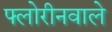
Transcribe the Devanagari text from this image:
फ्लोरीनवाले